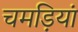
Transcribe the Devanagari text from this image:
चमड़ियां